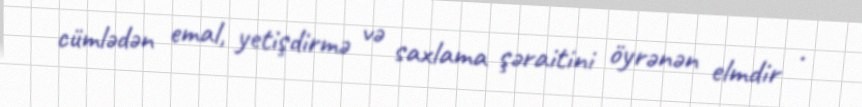
cümlədən emal, yetişdirmə və saxlama şəraitini öyrənən elmdir .